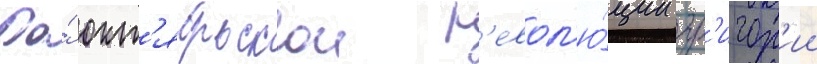
До́ окт'ябрьскои р'евол'ю́ции гр'игор'ии